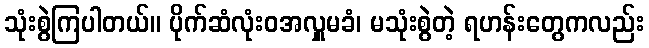
သုံးစွဲကြပါတယ်။ ပိုက်ဆံလုံးဝအလှူမခံ၊ မသုံးစွဲတဲ့ ရဟန်းတွေကလည်း